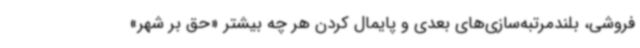
فروشی، بلندمرتبه‌سازی‌های بعدی و پایمال کردن هر چه بیشتر «حق بر شهر»